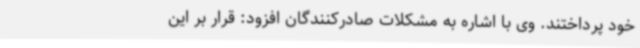
خود پرداختند. وی با اشاره به مشکلات صادرکنندگان افزود: قرار بر این